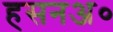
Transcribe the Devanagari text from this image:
हसनअ०